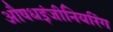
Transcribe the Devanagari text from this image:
औषधइंजीनियरिंग